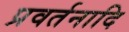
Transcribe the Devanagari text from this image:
प्रवर्तनादि